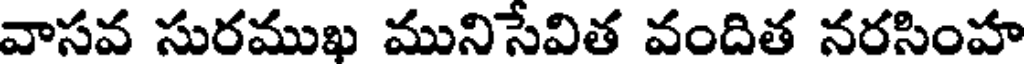
వాసవ సురముఖ మునిసేవిత వందిత నరసింహ